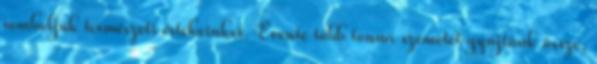
romboljuk természeti értékeinket. Évente több tonna szemetet gyűjtünk össze,